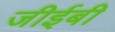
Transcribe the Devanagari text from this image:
जीईबी